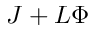
J + L \Phi